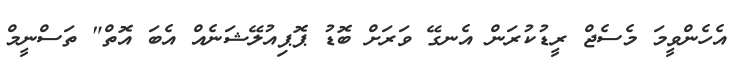
އެހެންވީމަ މެސެޖް ރީޑުކުރަން އެނގޭ ވަރަށް ބޮޑު ޕޮޕިއުލޭޝަނެއް އެބަ އޮތް" ތަސްނީމް